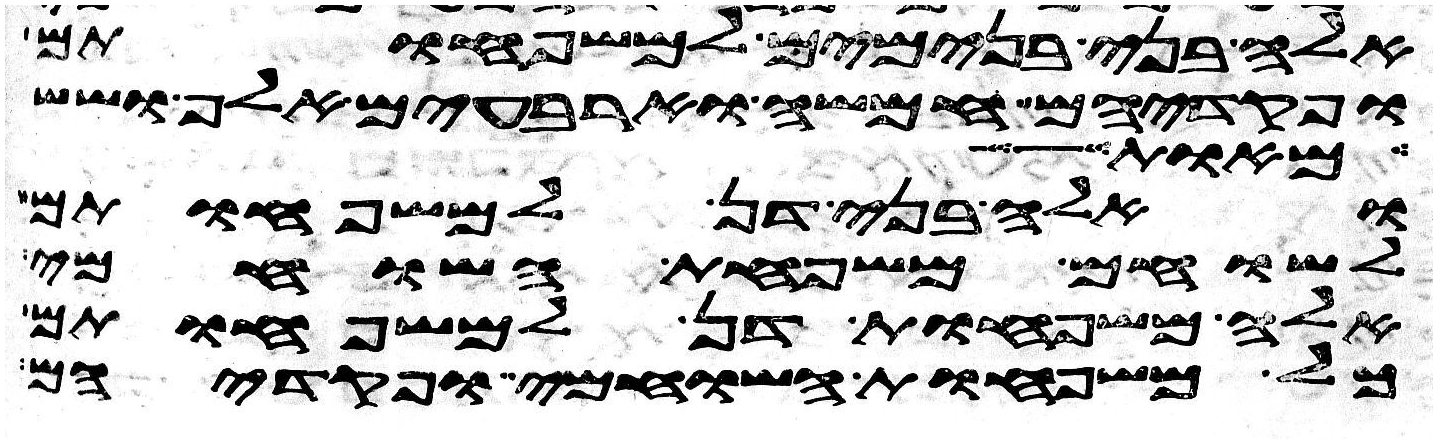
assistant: אלה בני בנימים למשפחותם
ופקדיהם חמשה וארבעים אלף ושש
את גגו
ואלה בני דן למשפחותם
לשוחם משפחת השוחמי
אלה משפחות דן למשפחותם
כל משפחות השוחמי ופקדיהם